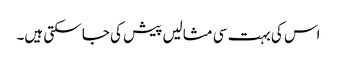
اس کی بہت سی مثالیں پیش کی جا سکتی ہیں۔